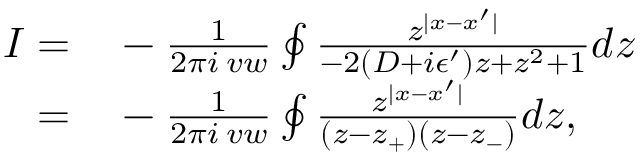
\begin{array} { r l } { I = } & { { } - \frac { 1 } { 2 \pi i \: v w } \oint \frac { z ^ { | x - x ^ { \prime } | } } { - 2 ( D + i \epsilon ^ { \prime } ) z + z ^ { 2 } + 1 } d z } \\ { = } & { { } - \frac { 1 } { 2 \pi i \: v w } \oint \frac { z ^ { | x - x ^ { \prime } | } } { ( z - z _ { + } ) ( z - z _ { - } ) } d z , } \end{array}